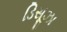
ડિસૂઝા